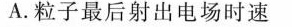
A.粒子最后射出电场时速